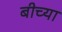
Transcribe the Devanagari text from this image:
बीच्या